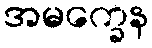
အမက္ခေန